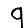
Digit: 9